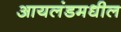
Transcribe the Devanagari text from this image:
आयलंडमधील